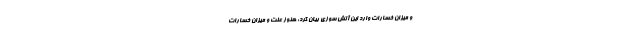
و میزان خسارات وارد این آتش سوزی بیان کرد: هنوز علت و میزان خسارات